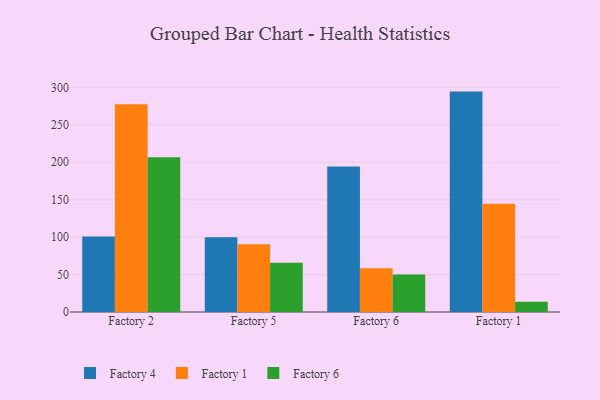
{"axis": {"x": "Factory", "y": "Satisfaction Score"}, "legend": ["Factory 1", "Factory 4", "Factory 6"], "data": [{"x": "Factory 2", "y": 101.0, "type": "Factory 4"}, {"x": "Factory 2", "y": 277.6, "type": "Factory 1"}, {"x": "Factory 2", "y": 206.6, "type": "Factory 6"}, {"x": "Factory 5", "y": 99.9, "type": "Factory 4"}, {"x": "Factory 5", "y": 90.5, "type": "Factory 1"}, {"x": "Factory 5", "y": 65.8, "type": "Factory 6"}, {"x": "Factory 6", "y": 194.4, "type": "Factory 4"}, {"x": "Factory 6", "y": 58.6, "type": "Factory 1"}, {"x": "Factory 6", "y": 50.1, "type": "Factory 6"}, {"x": "Factory 1", "y": 294.4, "type": "Factory 4"}, {"x": "Factory 1", "y": 144.6, "type": "Factory 1"}, {"x": "Factory 1", "y": 13.6, "type": "Factory 6"}]}